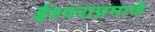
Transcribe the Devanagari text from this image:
ईश्वराप्रमाणे